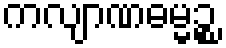
ကလျာဏဓမ္မဉ္စ